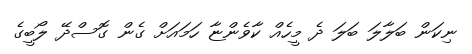
ނިކަން ބަލާލަ ބަލަ ދެ މީހެއް ކާވެންޏާ ހަމައަށް ގެން ގޮސްދޭ ލޯބީގެ